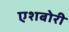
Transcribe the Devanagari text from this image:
एशबोरी